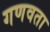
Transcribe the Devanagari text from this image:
गणवता